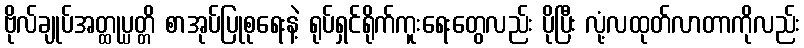
ဗိုလ်ချုပ်အတ္ထုပ္ပတ္တိ စာအုပ်ပြုစုရေးနဲ့ ရုပ်ရှင်ရိုက်ကူးရေးတွေလည်း ပိုပြီး လုံ့လထုတ်လာတာကိုလည်း